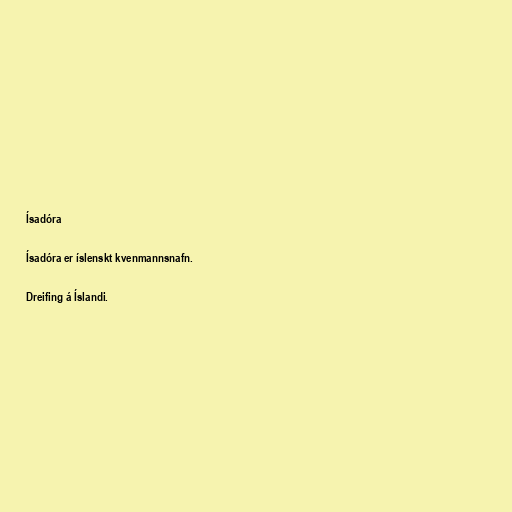
Ísadóra

Ísadóra er íslenskt kvenmannsnafn.

Dreifing á Íslandi.